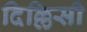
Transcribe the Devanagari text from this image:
दिल्लिसी